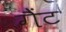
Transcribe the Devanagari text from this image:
गैंट